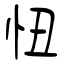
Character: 忸